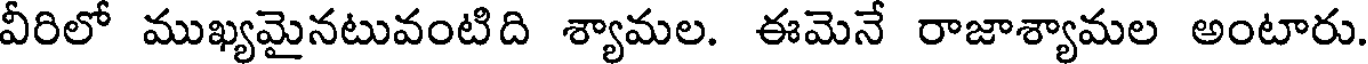
వీరిలో ముఖ్యమైనటువంటిది శ్యామల. ఈమెనే రాజాశ్యామల అంటారు.